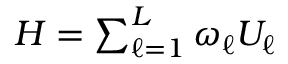
\begin{array} { r } { H = \sum _ { \ell = 1 } ^ { L } \omega _ { \ell } U _ { \ell } } \end{array}